Civil Veterinary Department. United Provinces 1932-42 - 1932-1942
Year: 1932
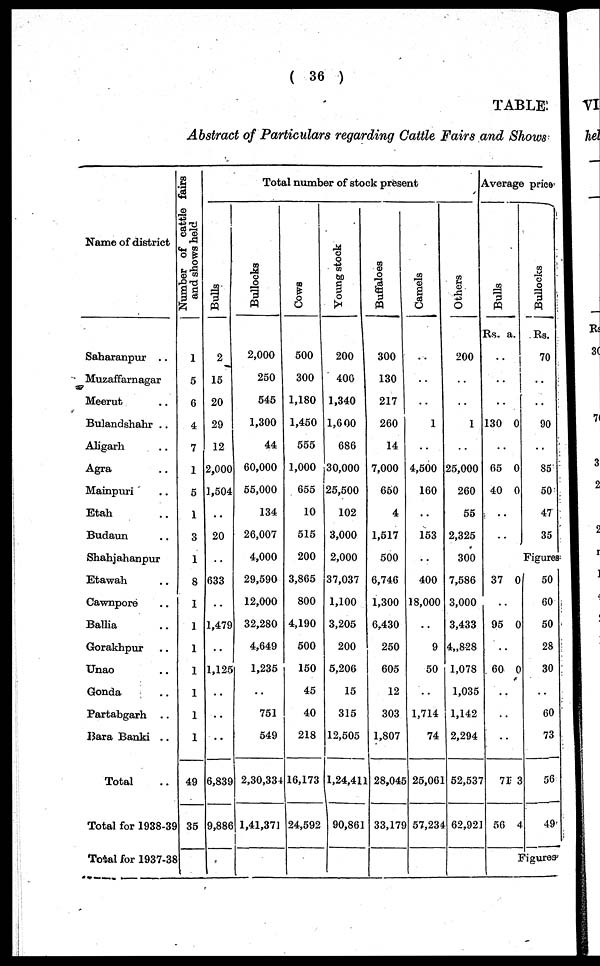
( 36 )
TABLE
Abstract of Particulars regarding Cattle Fairs and Shows
Name of district
Saharanpur ..
Muzaffarnagar
Meerut ..
Bulandshahr ..
Aligarh ..
Agra
Mainpuri ..
Etah ..
Budaun ..
Shahjahanpur ..
Etawah ..
Cawnpore ..
Ballia ..
Gorakhpur ..
Unao ..
Gonda ..
Partabgarh ..
Bara Banki ..
Total ..
Total for 1938-39
Total for 1937-38
Number of cattle fairs
and shows held
1
5
6
4
7
1
5
1
3
1
8
1
1
1
1
1
1
1
49
35
Total number of stock present
Bulls
2
15
20
29
12
2,000
1,504
..
20
..
633
..
1,479
..
1,125
..
..
..
6,839
9,886
Bullocks
2,000
250
545
1,300
44
60,000
55,000
134
26,007
4,000
29,590
12,000
32,280
4,649
1,235
..
751
549
2,30,334
11,41,371
Cows
500
300
1,180
1,450
555
1,000
655
10
515
200
3,865
800
4,190
500
150
45
40
218
16,173
24,592
Young stock
200
400
1,340
1,600
686
30,000
25,500
102
3,000
2,000
37,037
1,100
3,205
200
5,206
15
315
12,505
1,24,411
90,861
Buffaloes
300
130
217
260
14
7,000
650
4
1,517
500
6,746
1,300
6,430
250
605
12
303
1,807
28,045
33,179
Camels
..
..
..
1
..
4,500
160
..
153
..
400
18,000
..
9
50
..
1,714
74
25,061
57,234
Others
200
..
..
1
..
25,000
260
55
2,325
300
7,586
3,000
3,433
4,828
1,078
1,035
1,142
2,294
52,537
62,921
Average price
Bulls
Rs. a.
..
..
..
130 0
..
65
40
0
0
..
..
..
37 0
..
95 0
..
60 0
..
..
..
71
50
3
4
Bullocks
Rs.
70
..
..
90
..
85
50
47
35
Figures
50
60
50
28
30
..
60
73
56
49
Figures